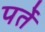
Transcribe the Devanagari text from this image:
पर्ते